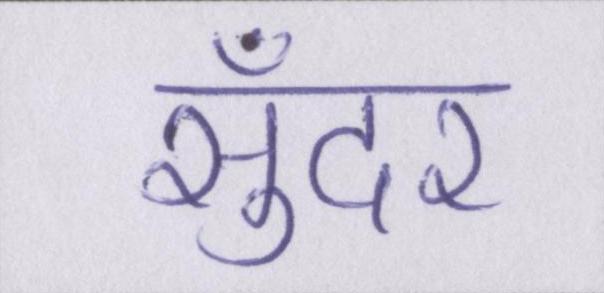
सुँदर